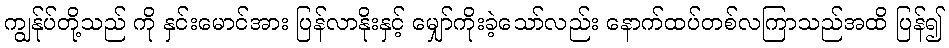
ကျွန်ုပ်တို့သည် ကို နှင်းမောင်အား ပြန်လာနိုးနှင့် မျှော်ကိုးခဲ့သော်လည်း နောက်ထပ်တစ်လကြာသည်အထိ ပြန်၍